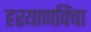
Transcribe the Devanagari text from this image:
हरयाणविंचा